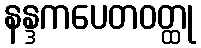
နန္ဒကပေတဝတ္ထု